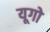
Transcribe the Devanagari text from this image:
यूगो